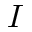
I